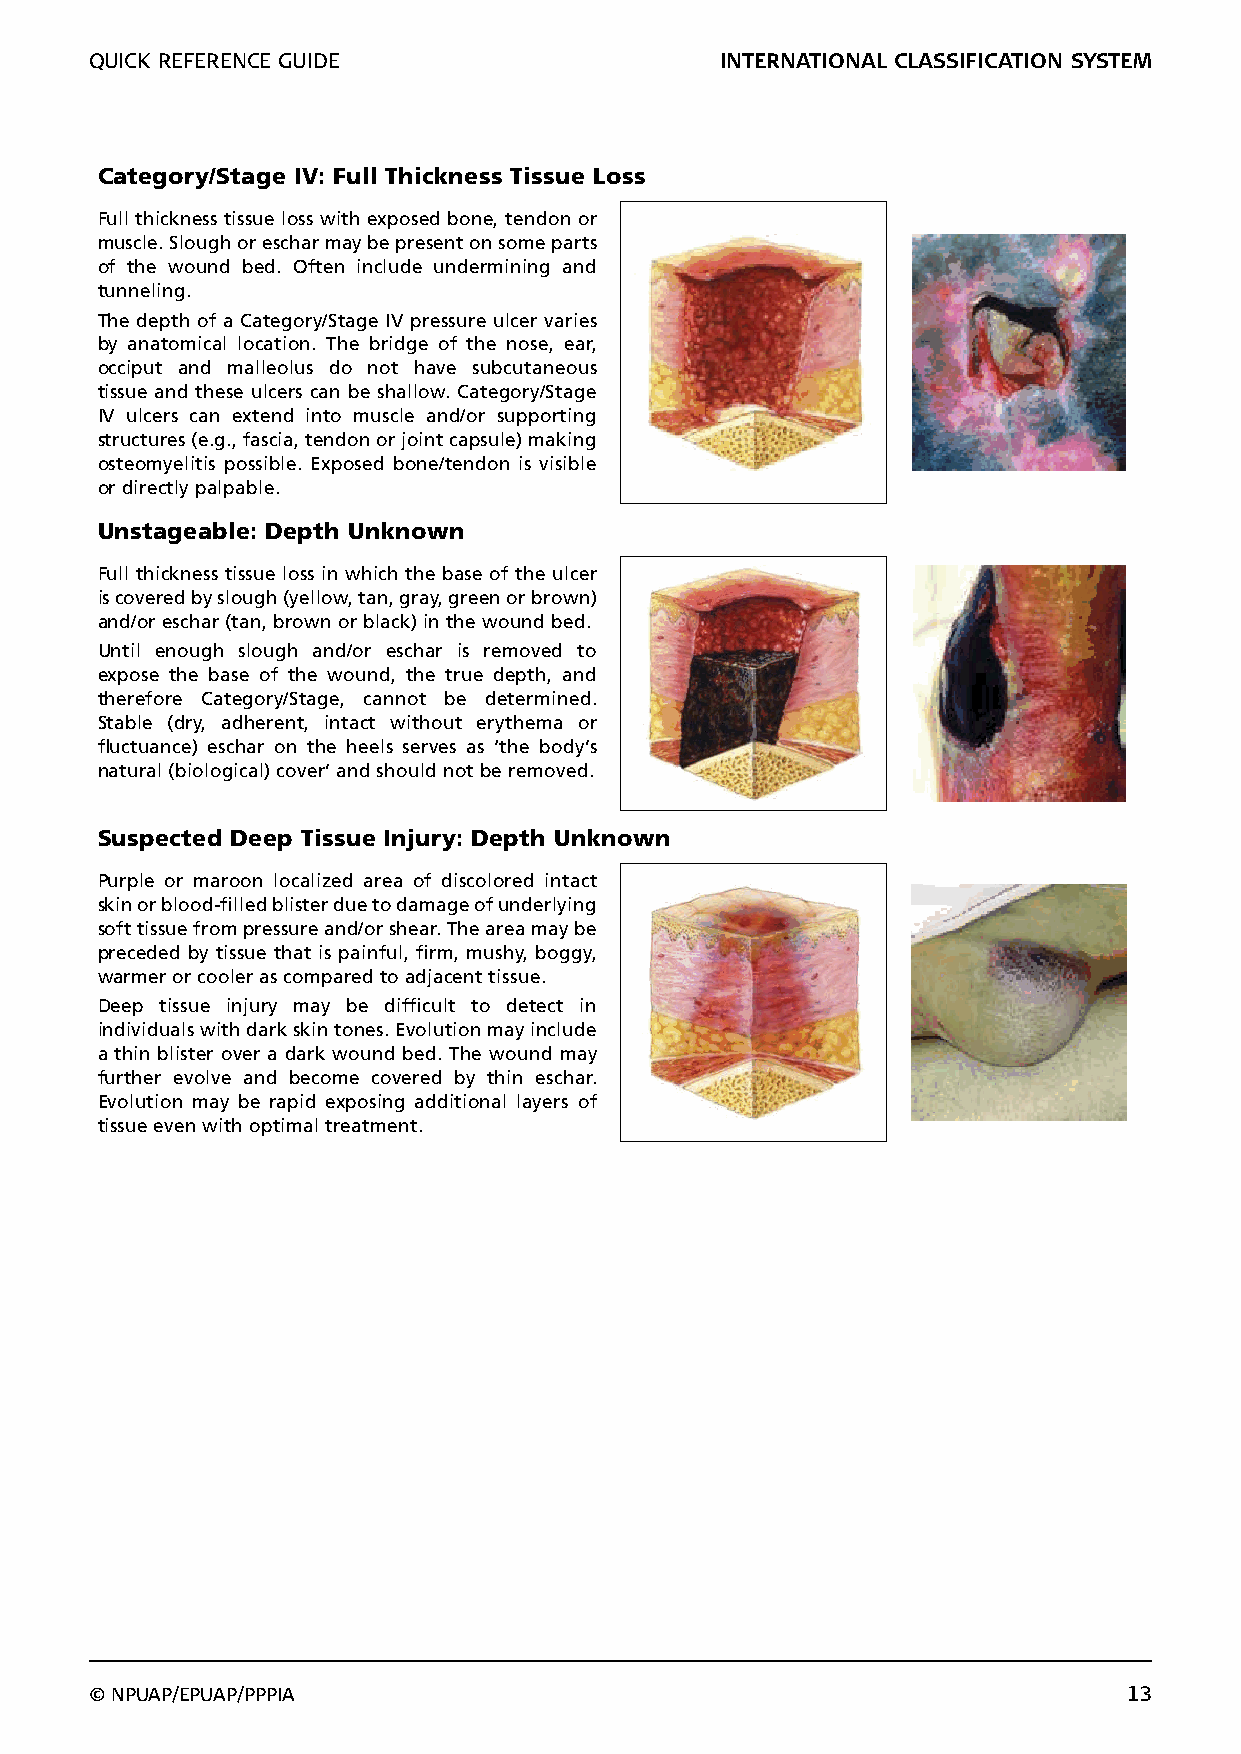
QUICK REFERENCE GUIDE                     INTERNATIONAL CLASSIFICATION SYSTEM
 Category/Stage IV: Full Thickness Tissue Loss
 Full thickness tissue loss with exposed bone, tendon or
 muscle. Slough or eschar may be present on some parts
 of the wound bed. Often include undermining and
 tunneling.
 The depth of a Category/Stage IV pressure ulcer varies
 by anatomical location. The bridge of the nose, ear,
 occiput and malleolus do not have subcutaneous
 tissue and these ulcers can be shallow. Category/Stage
 IV ulcers can extend into muscle and/or supporting
 structures (e.g., fascia, tendon or joint capsule) making
 osteomyelitis possible. Exposed bone/tendon is visible
 or directly palpable.
 Unstageable: Depth Unknown
 Full thickness tissue loss in which the base of the ulcer
 is covered by slough (yellow, tan, gray, green or brown)
 and/or eschar (tan, brown or black) in the wound bed.
 Until enough slough and/or eschar is removed to
 expose the base of the wound, the true depth, and
 therefore Category/Stage, cannot be determined.
 Stable (dry, adherent, intact without erythema or
 fluctuance) eschar on the heels serves as ‘the body’s
 natural (biological) cover’ and should not be removed.
 Suspected Deep Tissue Injury: Depth Unknown
 Purple or maroon localized area of discolored intact
 skin or blood-filled blister due to damage of underlying
 soft tissue from pressure and/or shear. The area may be
 preceded by tissue that is painful, firm, mushy, boggy,
 warmer or cooler as compared to adjacent tissue.
 Deep tissue injury may be difficult to detect in
 individuals with dark skin tones. Evolution may include
 a thin blister over a dark wound bed. The wound may
 further evolve and become covered by thin eschar.
 Evolution may be rapid exposing additional layers of
 tissue even with optimal treatment.
 © NPUAP/EPUAP/PPPIA                                                  13